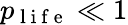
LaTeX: p_{\mathrm{~l~i~f~e~}}\ll 1